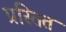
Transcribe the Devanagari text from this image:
प्रस्तित